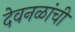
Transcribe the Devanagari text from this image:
देवनळांची